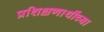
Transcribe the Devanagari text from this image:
प्रशिक्षणार्थीच्या